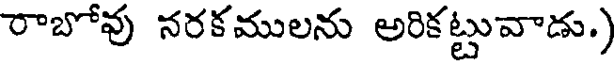
రాబోవు నరకములను అరికట్టువాడు.)